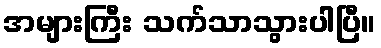
အများကြီး သက်သာသွားပါပြီ။